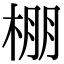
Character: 棚